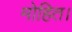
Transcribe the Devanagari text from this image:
मोहित।